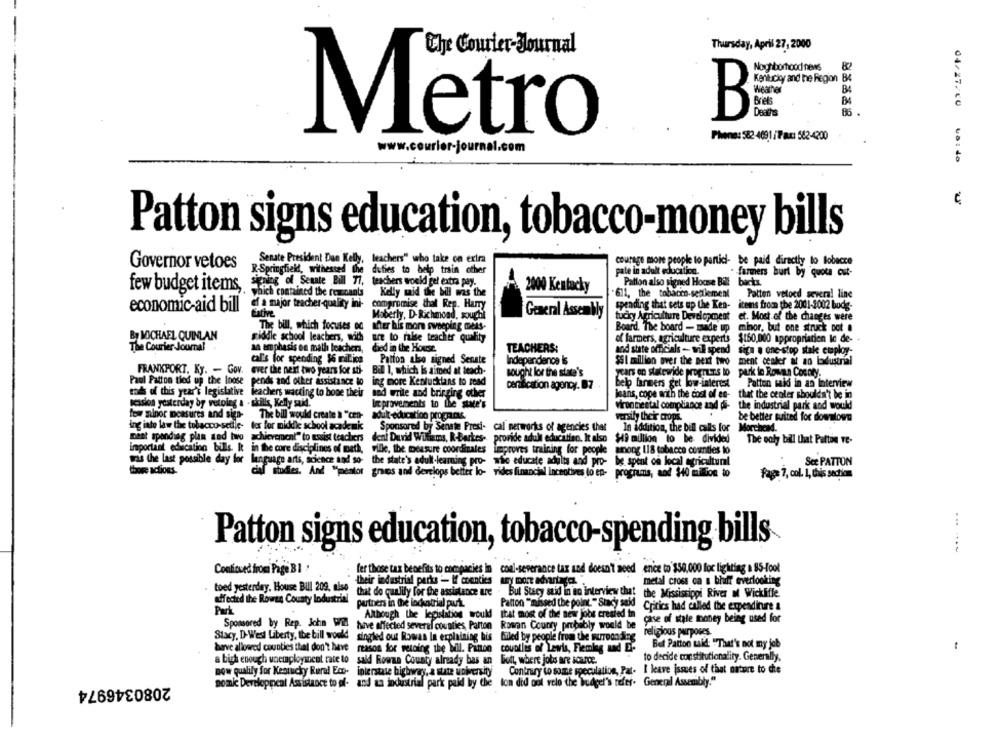
Che Courier-Journal
Thursday, April 27, 2000
Nogtiborhood news
Kentucky and he Region
BA
B4
B
Dean's
86
Metro
Phone: 582 -409,1 / Tax: 562-4200
www.courier-journal.com
04/27/20 CDI20
€
Patton signs education, tobacco-money bills
Senate President Dan Kelly, teachers" who take on extra
Governor vetoes
courage more people to partici- be paid directly lo lobecce
R-Springfield, witnessed the
R-Springfield, witnessed the duties to help train other
pate in adult education.
. farmers burt by quota out-
igning of Senate Bill 77,
Patton also signed House Bil backs.
few budget items,
2000 Kentucky
which contained the rencants
Kelly mid the bil was the
"611, the tobacco-settlement
Patten vetoed several line
ef a major teacher-quality ini-
compromise that Rep. Harry
economic-aid bill
General Assembly
spending that sets up the Ken- items from the 2001-2002 bodg-
Estive
Moberly, D-Richmond, sought
tucky Agriculture Development et. Most of the changes were
The bill, which focuses od after his more sweeping meas-
Board. The board - made up minor, but one struck pot .
By MICHAEL QUINLAN
middle school leachers, with ure to raise teacher quality
of farmers, agriculture experts $150,000 appropriation le de- .
The Courier Journal
an emphasis on math teachera,
died in the House.
TEACHERS:
and state officials - will spend sign . one-stop stale employ-
cal's for spending $6 million
Patton also signed Senate
Independence Is
SSI million over the next two ment center at an lodustrial
FRANKPORT. Ky. - Gov.
ever the next two years for sti-
Bal 1, which Is aimed at teach-
sought lor the state's
years on statewide progruns lo park in Rowan County.
Paul Patton tied up the Inose
pends and other assistance lo
ing more Kentucklans to read
certification agency. 87
bel farmers get low-interest
Patton sak in an Interview
tad of this year's legislative teachers wacting to bone their
nad write and bringing other
jeans, cope with the cost of es- that the center shouldn't be in
session yesterday by vetoing a - skills, Kelly said.
I provements to the state's
viron nie etal compliance and di- the industrial park and would
few minor measures and sign-
The bill would create & "cen-
adult education programs.
versify their crops.
be better suited for downtown
ing into law the tobacco-setile- ter for middle school academk
Sponsored by Senate Presi- cal networks of agencies that
In addition, the bill calls for Morchend.
ment spending plan sted two achievement" to assist teachers dent David Williams, R-Barkes-
provide adult education. It also $49 million to be divided
The only bill that Patton ve-
Important education bills. It in the core disciplines of beth, ville, ibe measure coordinates
Improves training for people among 118 tobacco counties to
was the last possible day for language arts, science and so- the state's adult-learning pro- wie educate adults and pro- be spent ce local agricultural
See PATTON
thore actions.
il studies. And "pentor gres and develops better lo- rides financial incentives to ep-
programs, and $40 million to
Frage 7, col. 1, this section
Patton signs education, tobacco-spending bills
.......
Confioved from Page BI '
fer those tax benefits to companies in coal-severance tax and doesn't need ence to $50.000 loc lighting a 85-fool
their industrial parks -- I counties ury more advantages.
metal cross ca a bluff overlooking
toed yesterday. House Bul 209, niso
that do qualify for the assistance are . But Stacy stid in an interview that the Mississippi River of Wickliffe
affected the Rowes County Industrial
partners in the lockatrial purtu
Patton "missed the point. " Stacy said Critics had called the expenditure
Park
Although the legislation would
Itat most of the new jobs created in
Sponsored by Rep. John Will
case of stale money being used for
have affected several counties, Parton Rowan County probably would be
Stacy, D-West Liberty, Ibe bill would
singled out Rowas In explaining his filed by people from the wuroonding
religious purposes.
Bet Patton taid: "That's not my job
have allowed counties that don't have
reason for welding the Wil. Panton countles of Lewis, Fleming and E-
-
a bigh enough unemployicent rate to
sald Rowan County already bas an liott, where jobs are scarce.
to decide constitutionality. Generally.
now qualify for Kentucky Rural Eco-
interstate highway, a state university
Contrary to some speculation, Pat. I leave issues of that nature to die
2080346974
sonic Developpeat Assistance to pl-
and an industrial park paid by the lon did oot relo the budget's refer. General Assembly.